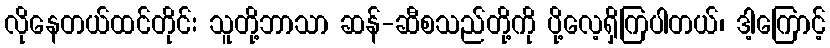
လိုနေတယ်ထင်တိုင်း သူတို့ဘာသာ ဆန်-ဆီစသည်တို့ကို ပို့လေ့ရှိကြပါတယ်၊ ဒါ့ကြောင့်